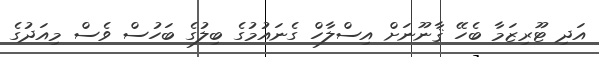
އަދި ޓޫރިޒަމާ ބެހޭ ޤާނޫނަށް އިސްލާހް ގެނައުމުގެ ބިލުގެ ބަހުސް ވެސް މިއަދުގެ